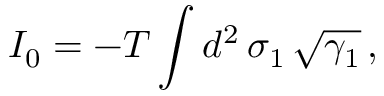
I _ { 0 } = - T \int d ^ { 2 } \, \sigma _ { 1 } \, \sqrt { \gamma _ { 1 } } \, ,